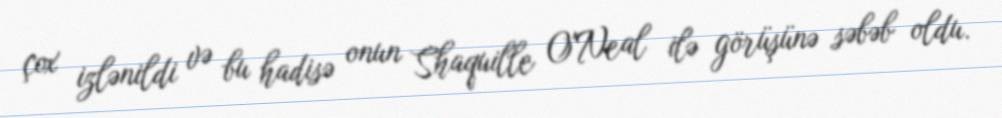
çox izlənildi və bu hadisə onun Shaquille O'Neal ilə görüşünə səbəb oldu.